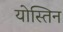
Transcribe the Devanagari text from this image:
योस्तिन